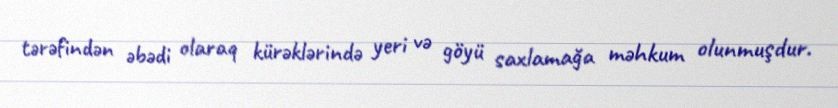
tərəfindən əbədi olaraq kürəklərində yeri və göyü saxlamağa məhkum olunmuşdur.